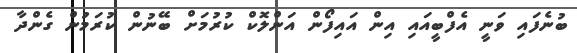
ބުނެފައި ވަނީ އެފްބީއައި އިން އައިފޯން އަންލޮކް ކުރުމަށް ބޭނުން ކުރަމުން ގެންދާ